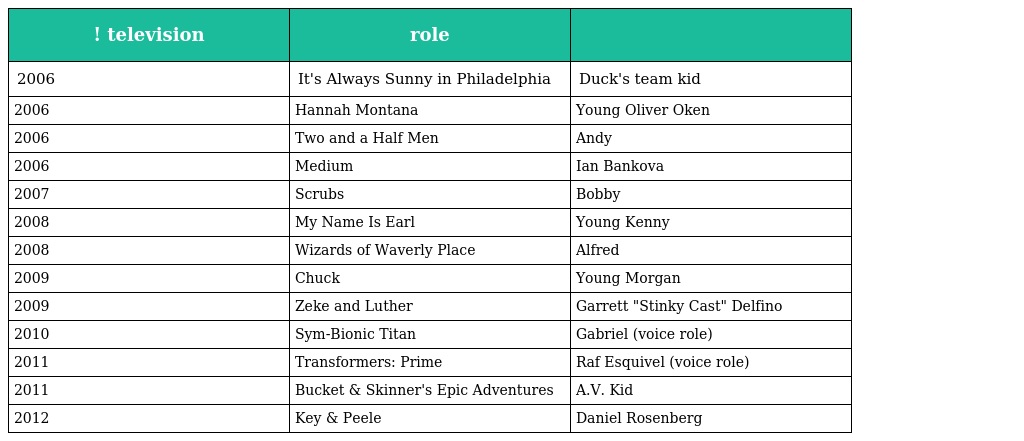
| ! television | role |  |
 | --- | --- | --- |
 | 2006 | It's Always Sunny in Philadelphia | Duck's team kid |
 | 2006 | Hannah Montana | Young Oliver Oken |
 | 2006 | Two and a Half Men | Andy |
 | 2006 | Medium | Ian Bankova |
 | 2007 | Scrubs | Bobby |
 | 2008 | My Name Is Earl | Young Kenny |
 | 2008 | Wizards of Waverly Place | Alfred |
 | 2009 | Chuck | Young Morgan |
 | 2009 | Zeke and Luther | Garrett "Stinky Cast" Delfino |
 | 2010 | Sym-Bionic Titan | Gabriel (voice role) |
 | 2011 | Transformers: Prime | Raf Esquivel (voice role) |
 | 2011 | Bucket & Skinner's Epic Adventures | A.V. Kid |
 | 2012 | Key & Peele | Daniel Rosenberg |